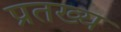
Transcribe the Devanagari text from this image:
प्रतख्य